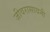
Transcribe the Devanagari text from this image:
जीवरासायनी